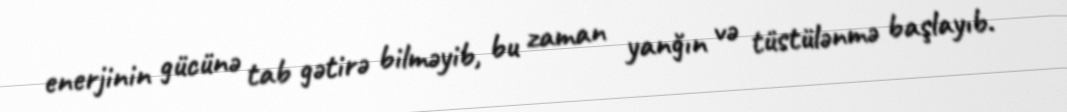
enerjinin gücünə tab gətirə bilməyib, bu zaman yanğın və tüstülənmə başlayıb.